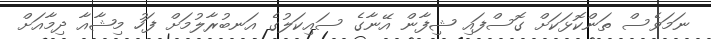
ނަމަވެސް ތަންކޮޅަކަށް ގޮސްފައި ޝިފާން އޭނާގެ ސައިކަލުގެ އަނބުރާލުމަށް ފަހު މިޝާއާ ދިމާއަށް